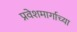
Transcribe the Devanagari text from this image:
प्रवेशमार्गाच्या